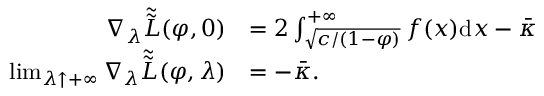
\begin{array} { r l } { { \nabla _ { \lambda } } \tilde { \tilde { L } } ( \varphi , 0 ) } & { = 2 \int _ { \sqrt { c / ( 1 - \varphi ) } } ^ { + \infty } f ( x ) \mathrm { d } x - \bar { \kappa } } \\ { \operatorname* { l i m } _ { \lambda \uparrow + \infty } { \nabla _ { \lambda } } \tilde { \tilde { L } } ( \varphi , \lambda ) } & { = - \bar { \kappa } . } \end{array}